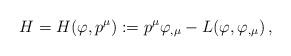
LaTeX: \begin{align*} H = H (\varphi,p^\mu) := p^\mu \varphi_{, \mu} - L (\varphi , \varphi_{, \mu} ) \, ,\end{align*}